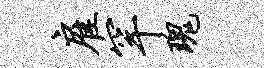
雇罕瑰